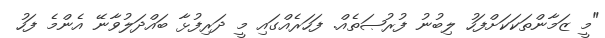
"މީ ޒަމާންތަކަކަށްފަހު ލިބުނު ފުރުޞަތެއް. ފަހަރެއްގައި މީ ދަރިފުޅާ ބައްދަލުވާނޭ އެންމެ ފަހު